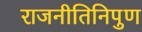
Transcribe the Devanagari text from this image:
राजनीतिनिपुण